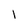
Character: l